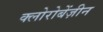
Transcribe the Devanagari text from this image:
क्लोरोबेंज़ीन